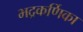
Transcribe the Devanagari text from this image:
भद्रकर्णिका